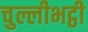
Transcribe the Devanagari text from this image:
चुल्लीभट्ठी